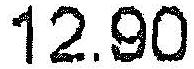
12.90